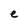
Character: e